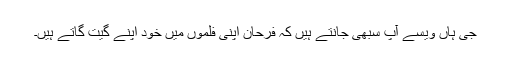
جی ہاں ویسے آپ سبھی جانتے ہیں کہ فرحان اپنی فلموں میں خود اپنے گیت گاتے ہیں۔